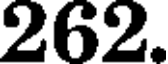
262.